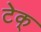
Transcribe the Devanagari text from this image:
टेक्